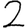
Digit: 2